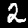
Digit: 2